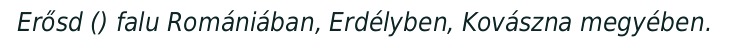
Erősd () falu Romániában, Erdélyben, Kovászna megyében.